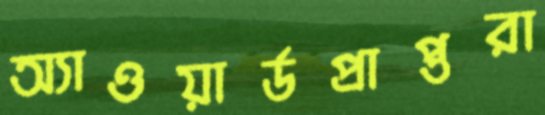
অ্যাওয়ার্ডপ্রাপ্তরা